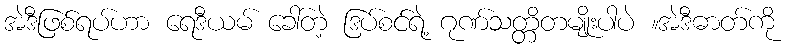
အဲဒီဖြစ်ရပ်ဟာ ရေဒီယမ် ခေါ်တဲ့ ဒြပ်စင်ရဲ့ ဂုဏ်သတ္တိတမျိုးပါပဲ ။အဲဒီဓာတ်ကို